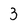
Character: 3